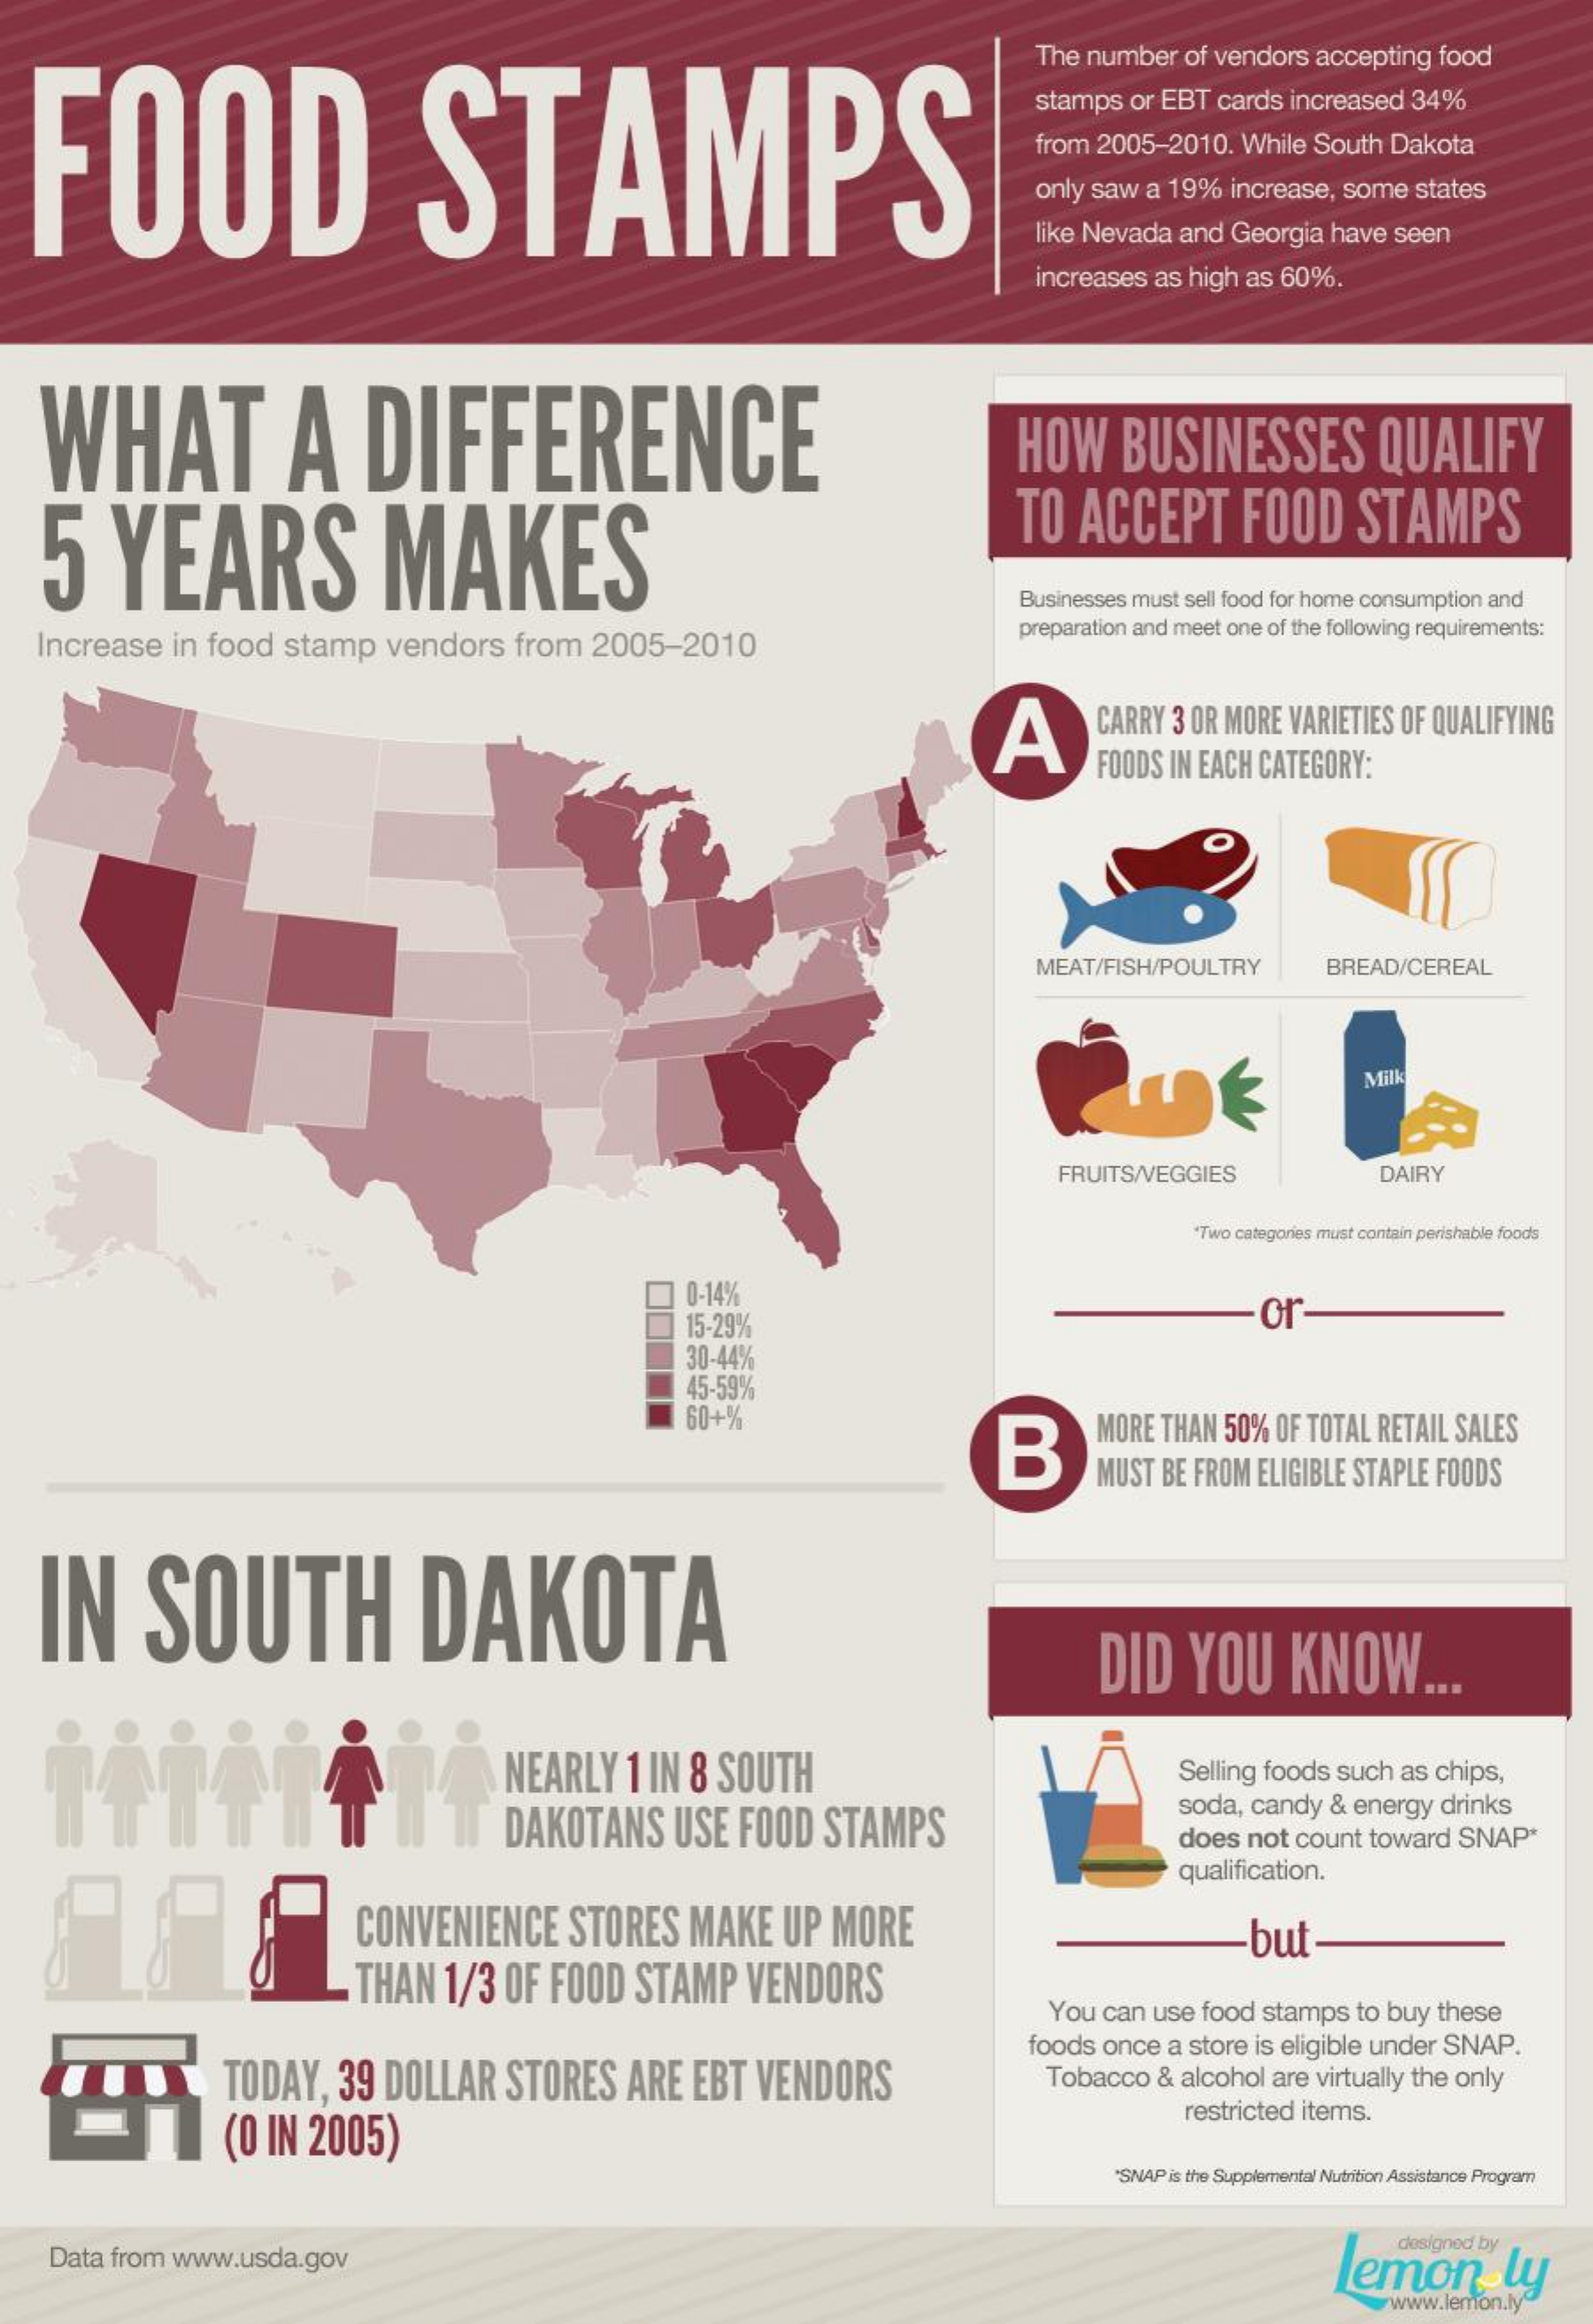
FOOD    STAMPS
     The  number    of  vendors    accepting    food
     stamps    or  EBT   cards   increased    34%
     from   2005-2010.    While   South    Dakota
     only  saw   a  19%    increase,    some    states
     like Nevada    and   Georgia    have   seen
     increases    as  high  as  60%.
     WHAT    A    DIFFERENCE    HOW    BUSINESSES    QUALIFY
     5    YEARS    MAKES
     TO    ACCEPT    FOOD    STAMPS
     Businesses  must   sell food for home  consumption   and
     Increase    in   food    stamp    vendors    from    2005-2010
     preparation  and meet  one  of the following requirements:
     A    CARRY   3 OR  MORE   VARIETIES    OF  QUALIFYING
     FOODS  IN  EACH   CATEGORY:
     MEAT/FISH/POULTRY    BREAD/CEREAL
     Milk
     FRUITS/VEGGIES    DAIRY
     "Two categories must contain perishable foods
     0-14%
     15-29%    or
     30-44%
     45-59%
     60+%
     B
     MORE   THAN   50%   OF TOTAL   RETAIL   SALES
     MUST  BE  FROM    ELIGIBLE   STAPLE   FOODS
     IN    SOUTH    DAKOTA
     DID    YOU    KNOW.
     NEARLY    1  IN   8 SOUTH    Selling  foods    such   as  chips,
     DAKOTANS    USE    FOOD    STAMPS
     soda,   candy    &  energy    drinks
     does   not   count   toward    SNAP*
     qualification.
     CONVENIENCE    STORES    MAKE    UP    MORE
     THAN    1/3   OF   FOOD    STAMP    VENDORS
     -but
     You   can   use  food   stamps    to  buy  these
     TODAY,    39   DOLLAR    STORES    ARE    EBT    VENDORS
     foods    once   a  store  is eligible  under    SNAP.
     Tobacco    &  alcohol   are   virtually the  only
     (O  IN   2005)
     restricted   items.
     "SNAP is the Supplemental Nutrition Assistance Program
     Data  from    www.usda.gov    lemon-ly
     www.lemon.ly